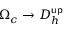
\Omega _ { c } \to D _ { h } ^ { \mathsf { u p } }